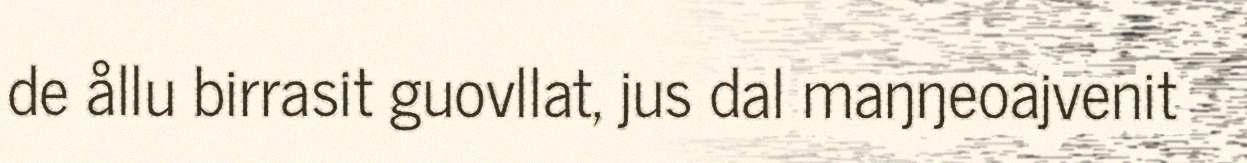
de ållu birrasit guovllat, jus dal maŋŋeoajvenit